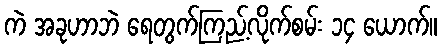
ကဲ အခုဟာဘဲ ရေတွက်ကြည့်လိုက်စမ်း ၁၄ ယောက်။